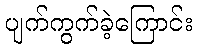
ပျက်ကွက်ခဲ့ကြောင်း